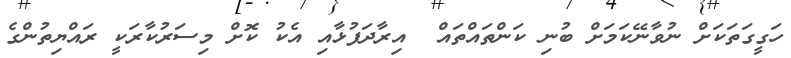
ހަގީގަތަކަށް ނުވާނޭކަމަށް ބުނި ކަންތައްތައް  އިރާދަފުޅާއި އެކު ކޮށް މިސަރުކާރަކީ ރައްޔިތުންގެ